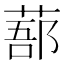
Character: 𦷽